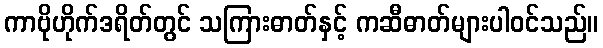
ကာဗိုဟိုက်ဒရိတ်တွင် သကြားဓာတ်နှင့် ကဆီဓာတ်များပါဝင်သည်။